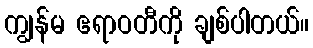
ကျွန်မ ဧရာဝတီကို ချစ်ပါတယ်။